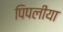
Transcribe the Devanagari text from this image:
पिपलीया